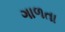
ગાળતા